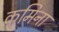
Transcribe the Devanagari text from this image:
कमिना